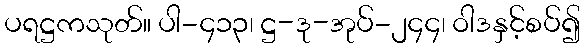
ပရဋ္ဌကသုတ်။ ပါ-၄၁၃၊ ဋ္ဌ-ဒု-အုပ်-၂၄၄၊ ဝါဒနှင့်စပ်၍